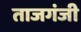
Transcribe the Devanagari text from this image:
ताजगंजी